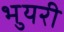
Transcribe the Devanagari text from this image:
भुयरी